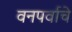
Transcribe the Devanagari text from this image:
वनपर्वाचे